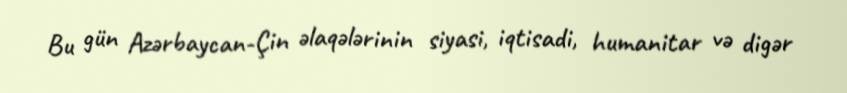
Bu gün Azərbaycan-Çin əlaqələrinin siyasi, iqtisadi, humanitar və digər